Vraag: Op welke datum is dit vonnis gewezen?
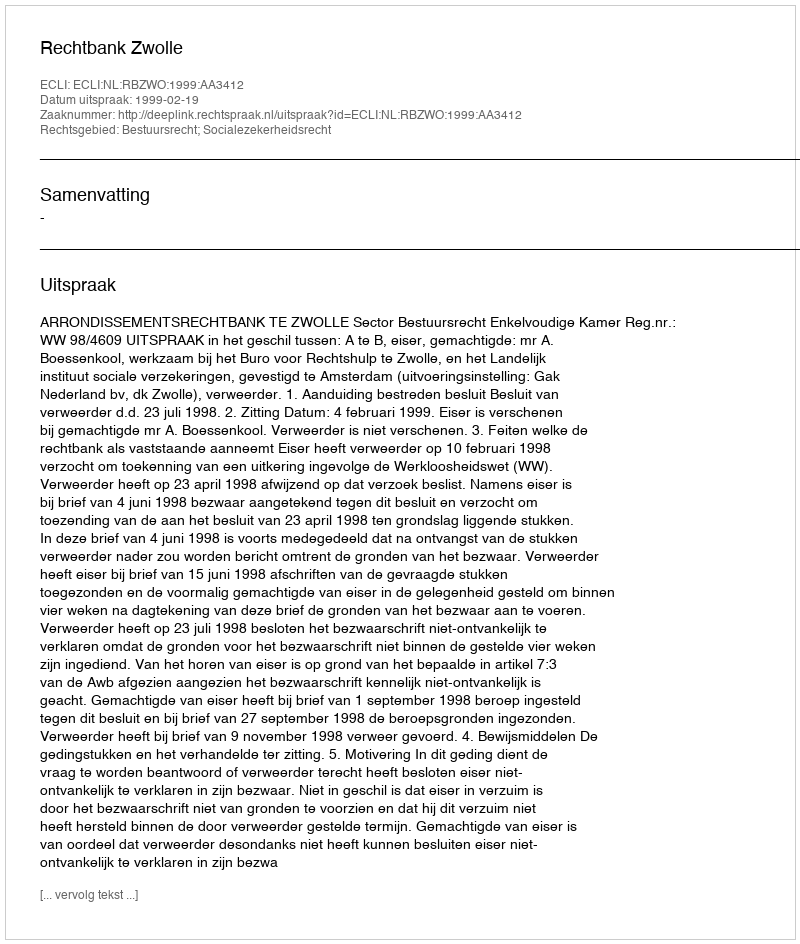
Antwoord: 1999-02-19